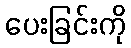
ပေးခြင်းကို